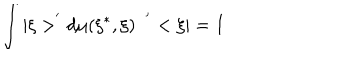
\int | \xi > ^ { ^ { \prime } } d \mu ( \xi ^ { * } , \xi ) \; \; ^ { ^ { \prime } } < \xi | = I